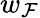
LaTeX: w_{\mathcal{F}}